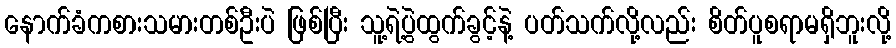
နောက်ခံကစားသမားတစ်ဦးပဲ ဖြစ်ပြီး သူ့ရဲ့ပွဲထွက်ခွင့်နဲ့ ပတ်သက်လို့လည်း စိတ်ပူစရာမရှိဘူးလို့